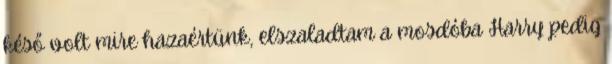
késő volt mire hazaértünk, elszaladtam a mosdóba Harry pedig